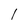
Character: I